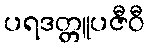
ပရဒတ္တူပဇီဝီ